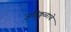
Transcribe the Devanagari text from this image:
अग्निकुळाचे